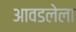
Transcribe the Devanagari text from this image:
आवडलेला